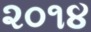
૨૦૧૪